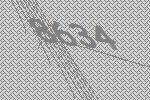
8634